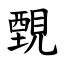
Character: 䚈